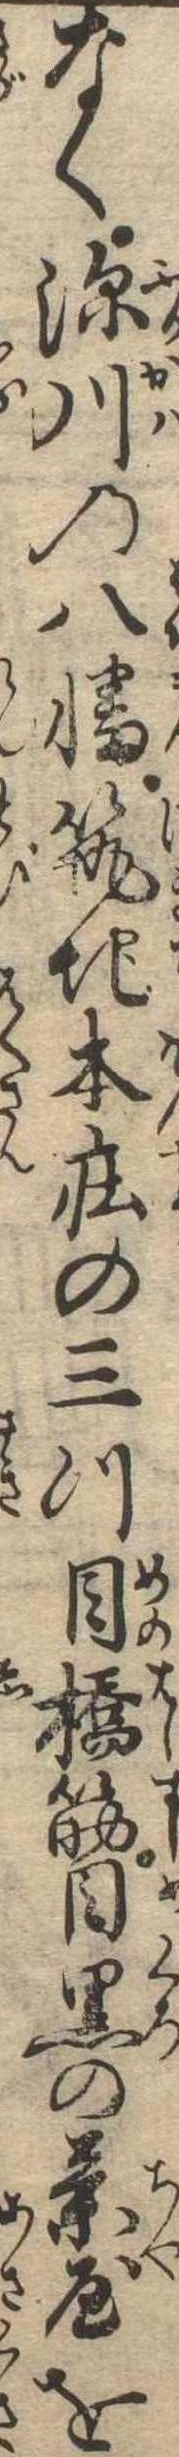
なく深川の八幡筑地本荘の三つ目橋筋目黒の茶屋を